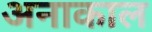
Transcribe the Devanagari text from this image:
अनाकाल